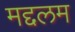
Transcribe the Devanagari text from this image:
मद्दलम